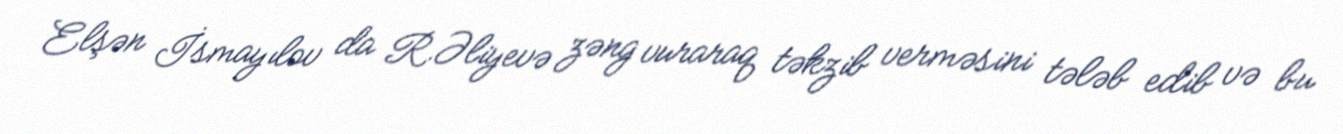
Elşən İsmayılov da R.Əliyevə zəng vuraraq təkzib verməsini tələb edib və bu